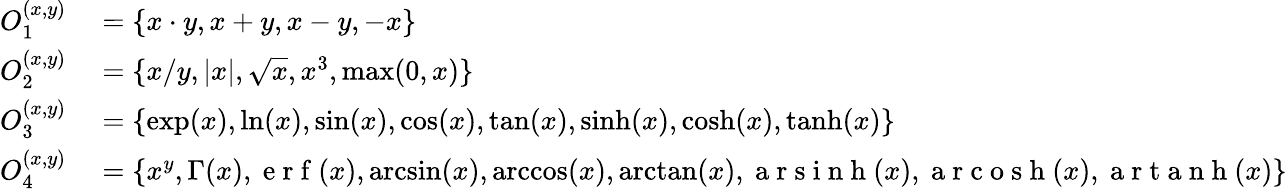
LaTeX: \begin{array}{rl}{O_{1}^{(x,y)}}&{{}=\{ x\cdot y,x+y,x-y,-x\} }\\ {O_{2}^{(x,y)}}&{{}=\{ x/y,\vert x\vert,\sqrt{x},x^{3},\operatorname*{max}(0,x)\} }\\ {O_{3}^{(x,y)}}&{{}=\{ \exp(x),\ln(x),\sin(x),\cos(x),\tan(x),\sinh(x),\cosh(x),\operatorname{tanh}(x)\} }\\ {O_{4}^{(x,y)}}&{{}=\{ x^{y},\Gamma(x),\mathrm{~e~r~f~}(x),\arcsin(x),\operatorname{arccos}(x),\arctan(x),\mathrm{~a~r~s~i~n~h~}(x),\mathrm{~a~r~c~o~s~h~}(x),\mathrm{~a~r~t~a~n~h~}(x)\} }\end{array}